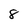
Character: 8